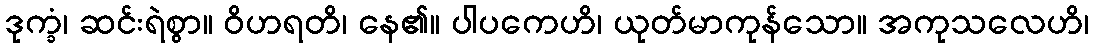
ဒုက္ခံ၊ ဆင်းရဲစွာ။ ဝိဟရတိ၊ နေ၏။ ပါပကေဟိ၊ ယုတ်မာကုန်သော။ အကုသလေဟိ၊